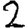
Digit: 2